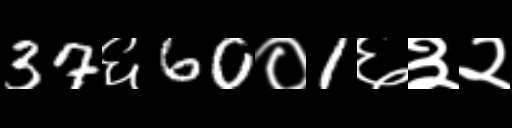
Text: 37६60०1६३२